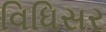
વિધિસર